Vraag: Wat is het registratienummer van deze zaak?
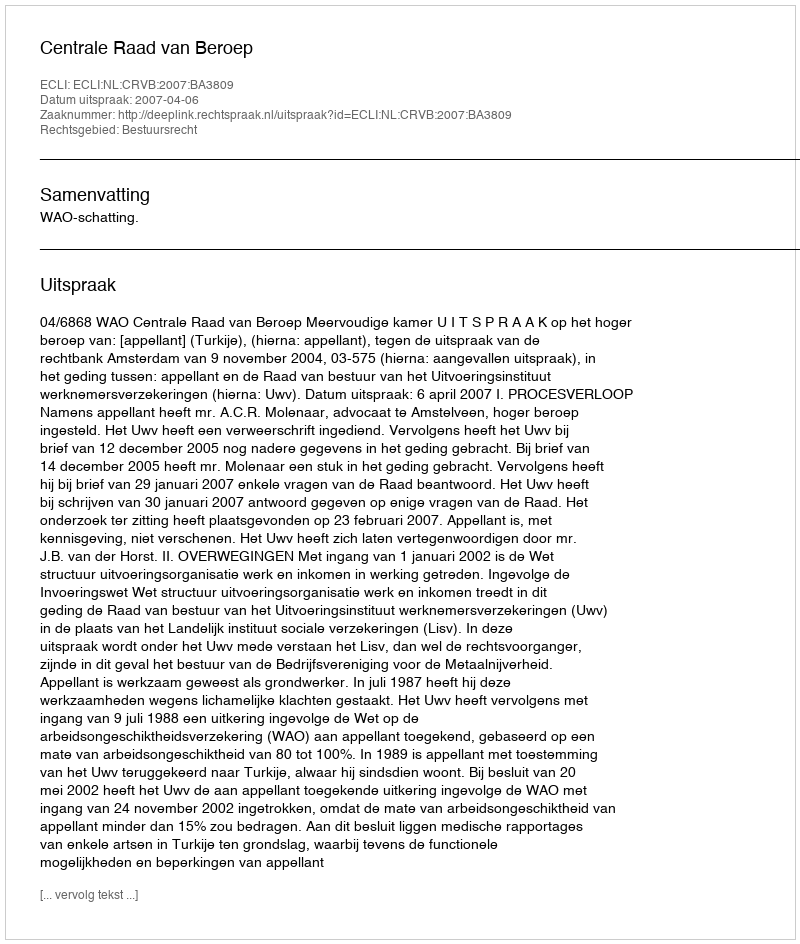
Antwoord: http://deeplink.rechtspraak.nl/uitspraak?id=ECLI:NL:CRVB:2007:BA3809